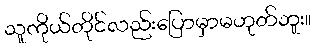
သူကိုယ်တိုင်လည်းပြောမှာမဟုတ်ဘူး။